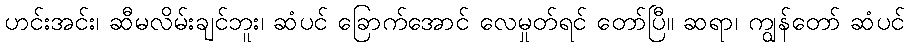
ဟင်းအင်း၊ ဆီမလိမ်းချင်ဘူး၊ ဆံပင် ခြောက်အောင် လေမှုတ်ရင် တော်ပြီ။ ဆရာ၊ ကျွန်တော် ဆံပင်